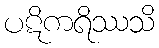
ပဋိကရိဿသိ